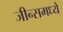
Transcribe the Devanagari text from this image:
जीन्समध्ये